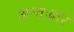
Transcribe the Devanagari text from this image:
अन्तःद्वार